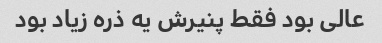
عالی بود فقط پنیرش یه ذره زیاد بود